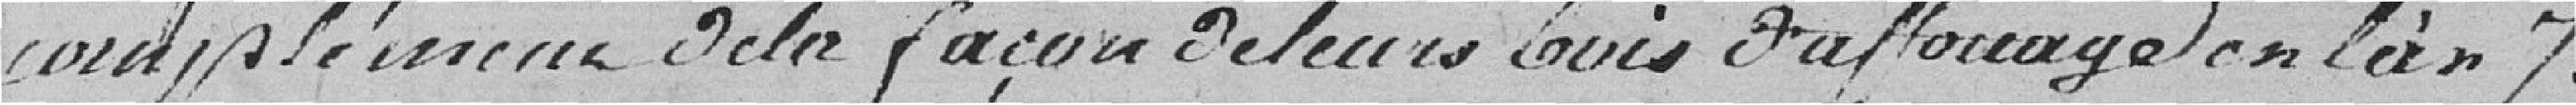
complément de la façon de leurs avis d'afforage en l'an 7